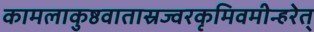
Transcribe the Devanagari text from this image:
कामलाकुष्ठवातास्रज्वरकृमिवमीन्हरेत्